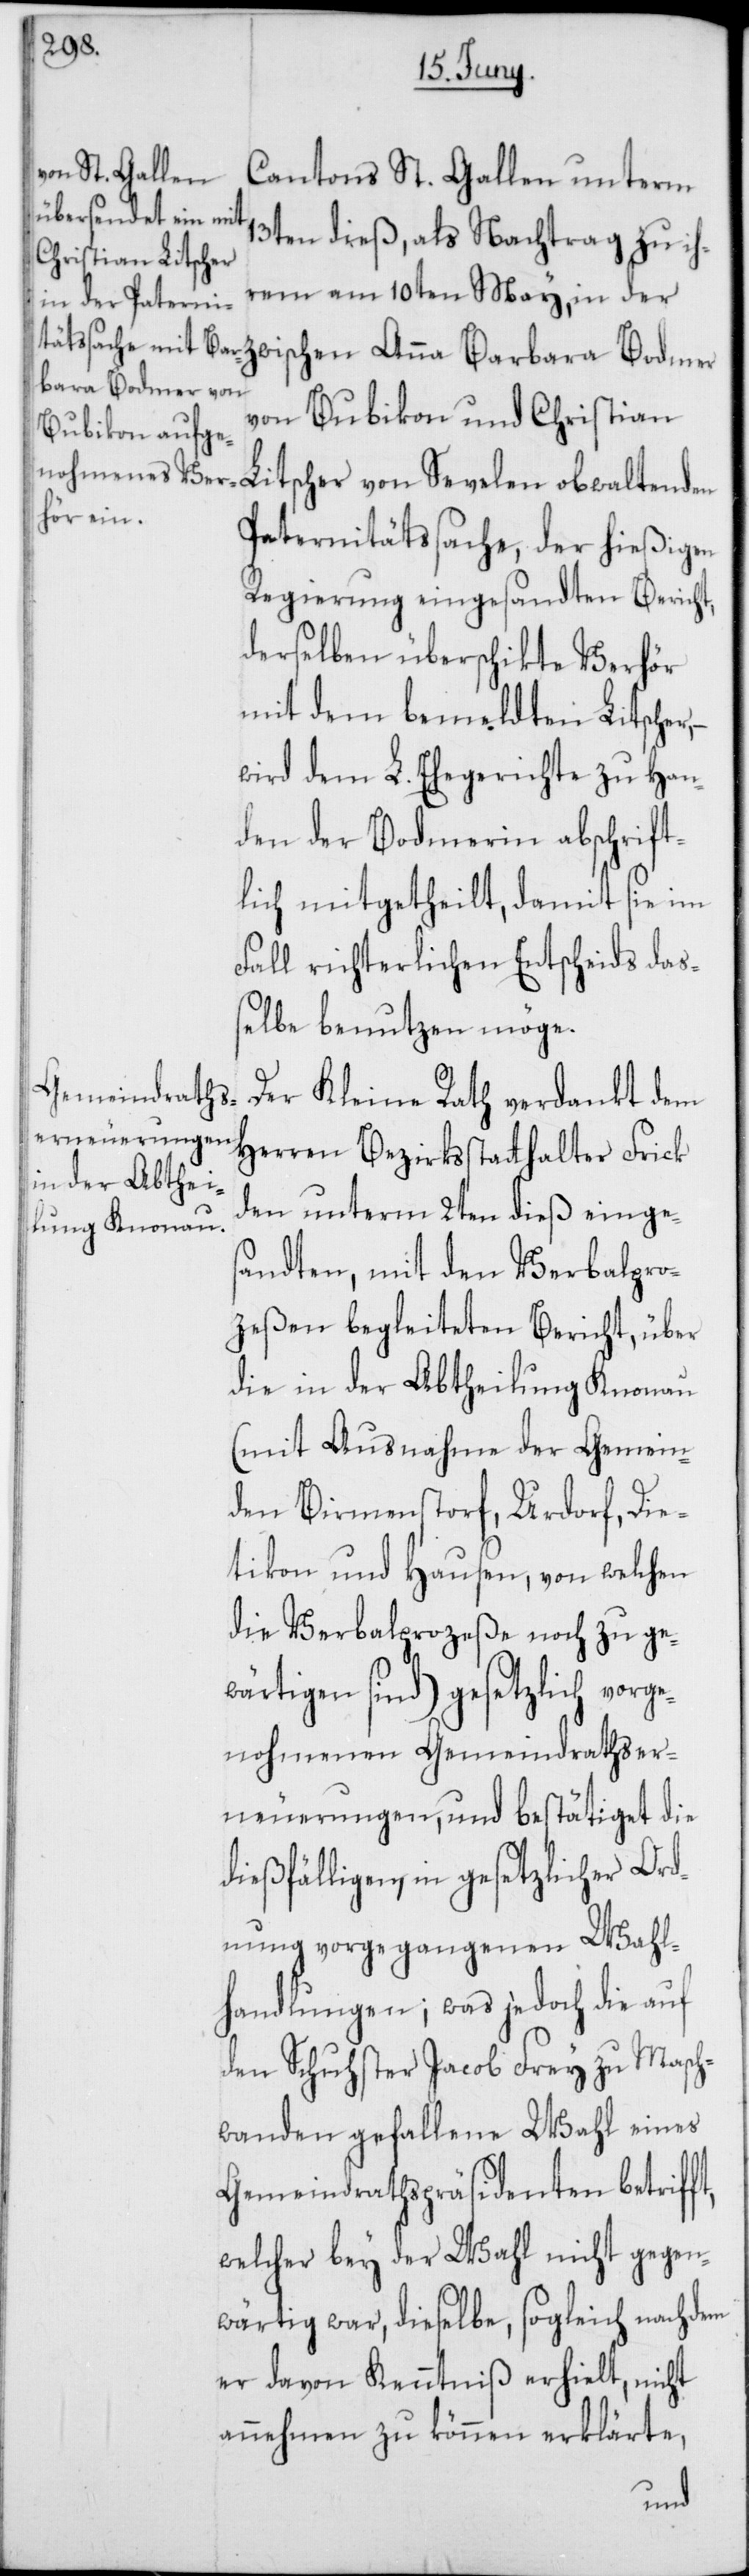
Cantons St. Gallen unterm
13ten dieß, als Nachtrag zu ih¬
rem am 10ten May, in der
von Bubikon und Christian
Litscher von Sevelen obwaltenden
Paternitätssache, der hießigen
Regierung eingesandten Bericht,
derselben überschikte Verhör
mit dem bemeldten Litscher,
wird dem L. Ehegericht zu Han¬
den der Bodmerin abschrift¬
lich mitgetheilt, damit sie im
Fall richterlichen Entscheids daß¬
elbe benutzen möge.
Der Kleine Rath verdankt dem
Herren Bezirksstatthalter Frick
den unterm 2ten dieß einge¬
sandten, mit den Verbalpro¬
zeßen begleiteten Bericht, über
die in der Abbtheilung Knonau
(mit Ausnahme der Gemein¬
den Birmenstorf, Urdorf, Die¬
tikon und Hausen, von welchen
die Verbalprozeße noch zu ge¬
wärtigen sind) gesetzlich vorg¬
enohmenen Gemeindrathser¬
neuerungen, und bestätiget die
dießfälligen, in gesetzlicher Ord¬
nung vorgegangenen Wahl¬
handlungen; was jedoch die auf
den Schuster Jacob Frey zu Masch¬
wanden gefallene Wahl eines
Gemeindrathspräsidenten betrifft,
welcher bey der Wahl nicht gegen¬
wärtig war, dieselbe, sogleich nach dem
er davon Kenntniß erhielt, nicht
annehmen zu können erklärte,